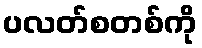
ပလတ်စတစ်ကို